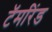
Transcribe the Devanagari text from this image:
टॅमरिंड